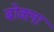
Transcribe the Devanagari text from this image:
बोक्ला